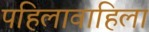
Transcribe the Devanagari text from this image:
पहिलावाहिला